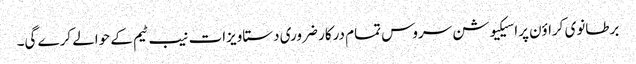
برطانوی کراؤن پراسیکیوشن سروس تمام درکار ضروری دستاویزات نیب ٹیم کے حوالے کرے گی۔